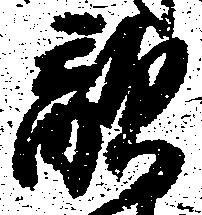
敵